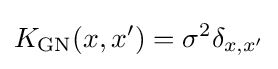
K_{\operatorname {GN} }(x,x')=\sigma ^{2}\delta _{x,x'}